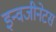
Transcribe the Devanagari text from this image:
इन्वजीनेटस